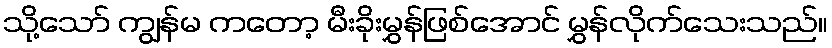
သို့သော် ကျွန်မ ကတော့ မီးခိုးမွှန်ဖြစ်အောင် မွှန်လိုက်သေးသည်။